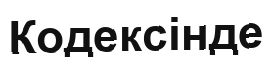
Кодексінде